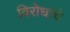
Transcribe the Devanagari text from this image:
विरोधांचे